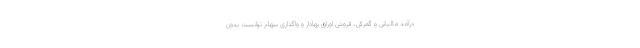
درآمد مالیاتی و گمرکی، فروش اوراق بهادار و واگذاری سهام توانست بدون